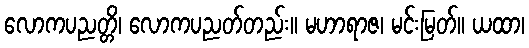
လောကပညတ္တိ၊ လောကပညတ်တည်း။ မဟာရာဇ၊ မင်းမြတ်။ ယထာ၊